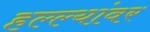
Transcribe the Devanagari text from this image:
हल्ल्यांवर